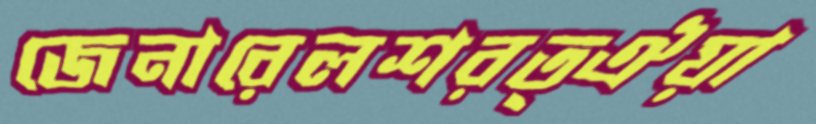
জেনারেলশরত্ঐয়া